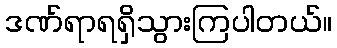
ဒဏ်ရာရရှိသွားကြပါတယ်။